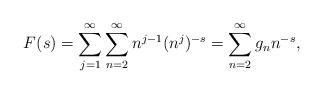
LaTeX: \begin{align*} F(s) & = \sum_{j=1}^\infty \sum_{n=2}^\infty n^{j-1}(n^j)^{-s} = \sum_{n=2}^\infty g_n n^{-s}, \end{align*}